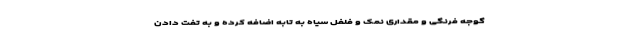
گوجه فرنگی و مقداری نمک و فلفل سیاه به تابه اضافه کرده و به تفت دادن